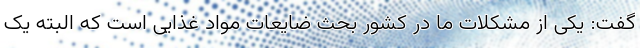
گفت: یکی از مشکلات ما در کشور بحث ضایعات مواد غذایی است که البته یک